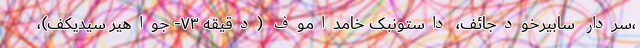
،سردار سابیرخودجائف، داستونبک خامداموف (دقیقه ۷۳- جواهیر سیدیکف)،